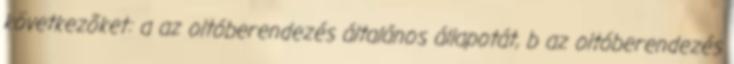
következõket: a az oltóberendezés általános állapotát, b az oltóberendezés